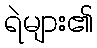
ရဲများ၏